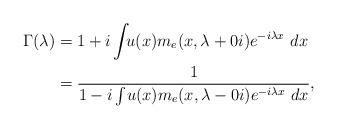
LaTeX: \begin{align*}\Gamma(\lambda) &= 1+i\int_{\real}u(x)m_e(x,\lambda+0i)e^{-i\lambda x}~dx \\&= \frac{1}{1-i\int_{\real}u(x)m_e(x,\lambda-0i)e^{-i\lambda x}~dx},\end{align*}